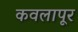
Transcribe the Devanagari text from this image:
कवलापूर